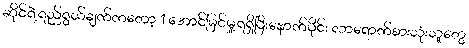
ဆိုင်ရဲ့ရည်ရွယ်ချက်ကတော့ 1 အောင်မြင်မှု့ရရှိပြီးနောက်ပိုင်း လာရောက်စားသုံးသူတွေ